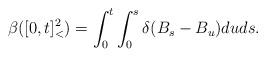
LaTeX: \begin{align*}\beta([0,t]_<^2)=\int_0^t \int_0^s \delta(B_s-B_u) duds.\end{align*}